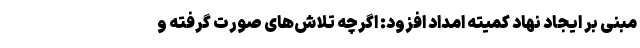
مبنی بر ایجاد نهاد کمیته امداد افزود: اگرچه تلاش‌های صورت گرفته و